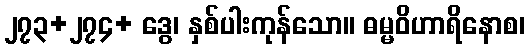
၂၇၃+၂၇၄+ ဒွေ၊ နှစ်ပါးကုန်သော။ ဓမ္မဝိဟာရိနောစ၊